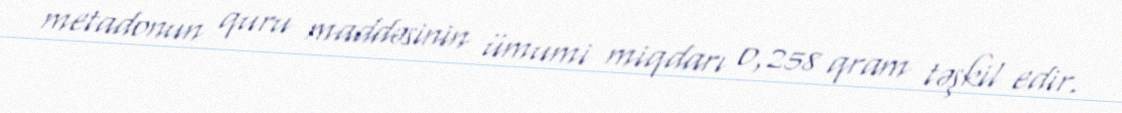
metadonun quru maddəsinin ümumi miqdarı 0,258 qram təşkil edir.